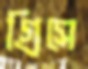
গ্রিসে